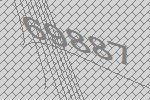
69887